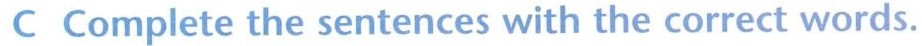
C Complete the sentences with the correct words.